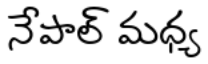
నేపాల్ మధ్య